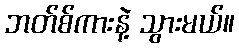
ဘတ်စ်ကားနဲ့ သွားမယ်။